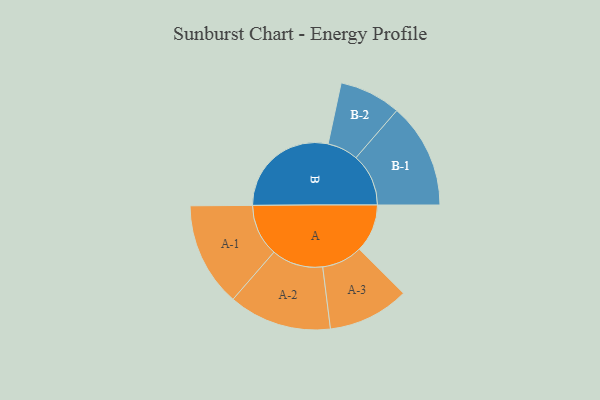
{"axis": {"x": "Segment", "y": "Value"}, "legend": ["", "A", "B"], "data": [{"x": "A", "y": 181, "type": ""}, {"x": "B", "y": 413, "type": ""}, {"x": "A-1", "y": 196, "type": "A"}, {"x": "A-2", "y": 194, "type": "A"}, {"x": "A-3", "y": 153, "type": "A"}, {"x": "B-1", "y": 198, "type": "B"}, {"x": "B-2", "y": 116, "type": "B"}]}